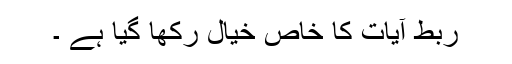
ربطِ آیات کا خاص خیال رکھا گیا ہے ۔